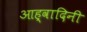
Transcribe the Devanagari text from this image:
आह्वादिनी